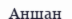
Аншан